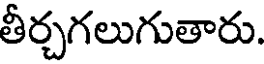
తీర్చగలుగుతారు.